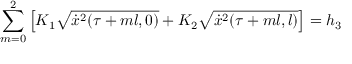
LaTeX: \sum _ { m = 0 } ^ { 2 } \left[ K _ { 1 } \sqrt { \dot { x } ^ { 2 } ( \tau + m l , 0 ) } + K _ { 2 } \sqrt { \dot { x } ^ { 2 } ( \tau + m l , l ) } \right] = h _ { 3 }